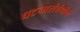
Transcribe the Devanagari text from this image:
घटनासंबंधीचे